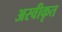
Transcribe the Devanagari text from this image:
अस्‍वीकृत